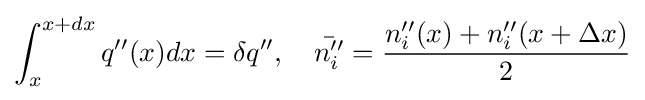
\int _{x}^{x+dx}q''(x)dx=\delta q'',\quad {\bar {n_{i}''}}={\frac {n_{i}''(x)+n_{i}''(x+\Delta x)}{2}}